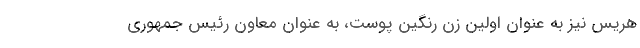
هریس نیز به عنوان اولین زن رنگین پوست، به عنوان معاون رئیس جمهوری